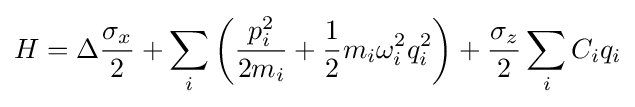
H=\Delta {\frac {\sigma _{x}}{2}}+\sum _{i}\left({\frac {p_{i}^{2}}{2m_{i}}}+{\frac {1}{2}}m_{i}\omega _{i}^{2}q_{i}^{2}\right)+{\frac {\sigma _{z}}{2}}\sum _{i}{C_{i}q_{i}}